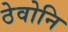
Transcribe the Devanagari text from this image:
ठेवोनि